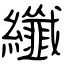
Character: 纖